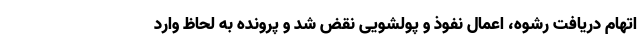
اتهام دریافت رشوه، اعمال نفوذ و پولشویی نقض شد و پرونده به لحاظ وارد